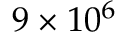
9 \times 1 0 ^ { 6 }